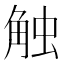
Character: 触